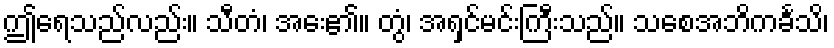
ဤရေသည်လည်း။ သီတံ၊ အေး၏။ တွံ၊ အရှင်မင်းကြီးသည်။ သစေအဘိကင်္ခသိ၊